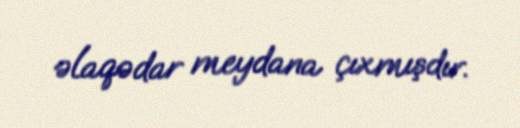
əlaqədar meydana çıxmışdır.